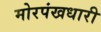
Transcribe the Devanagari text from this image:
मोरपंखधारी